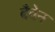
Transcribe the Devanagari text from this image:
दैवेन